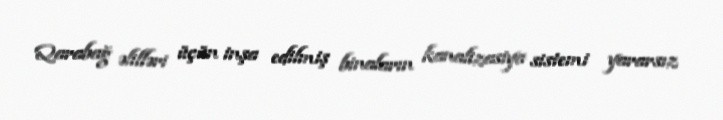
Qarabağ əlilləri üçün inşa edilmiş binaların kanalizasiya sistemi yararsız